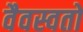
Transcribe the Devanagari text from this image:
वैवस्वतो